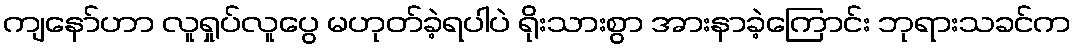
ကျနော်ဟာ လူရှုပ်လူပွေ မဟုတ်ခဲ့ရပါပဲ ရိုးသားစွာ အားနာခဲ့ကြောင်း ဘုရားသခင်က